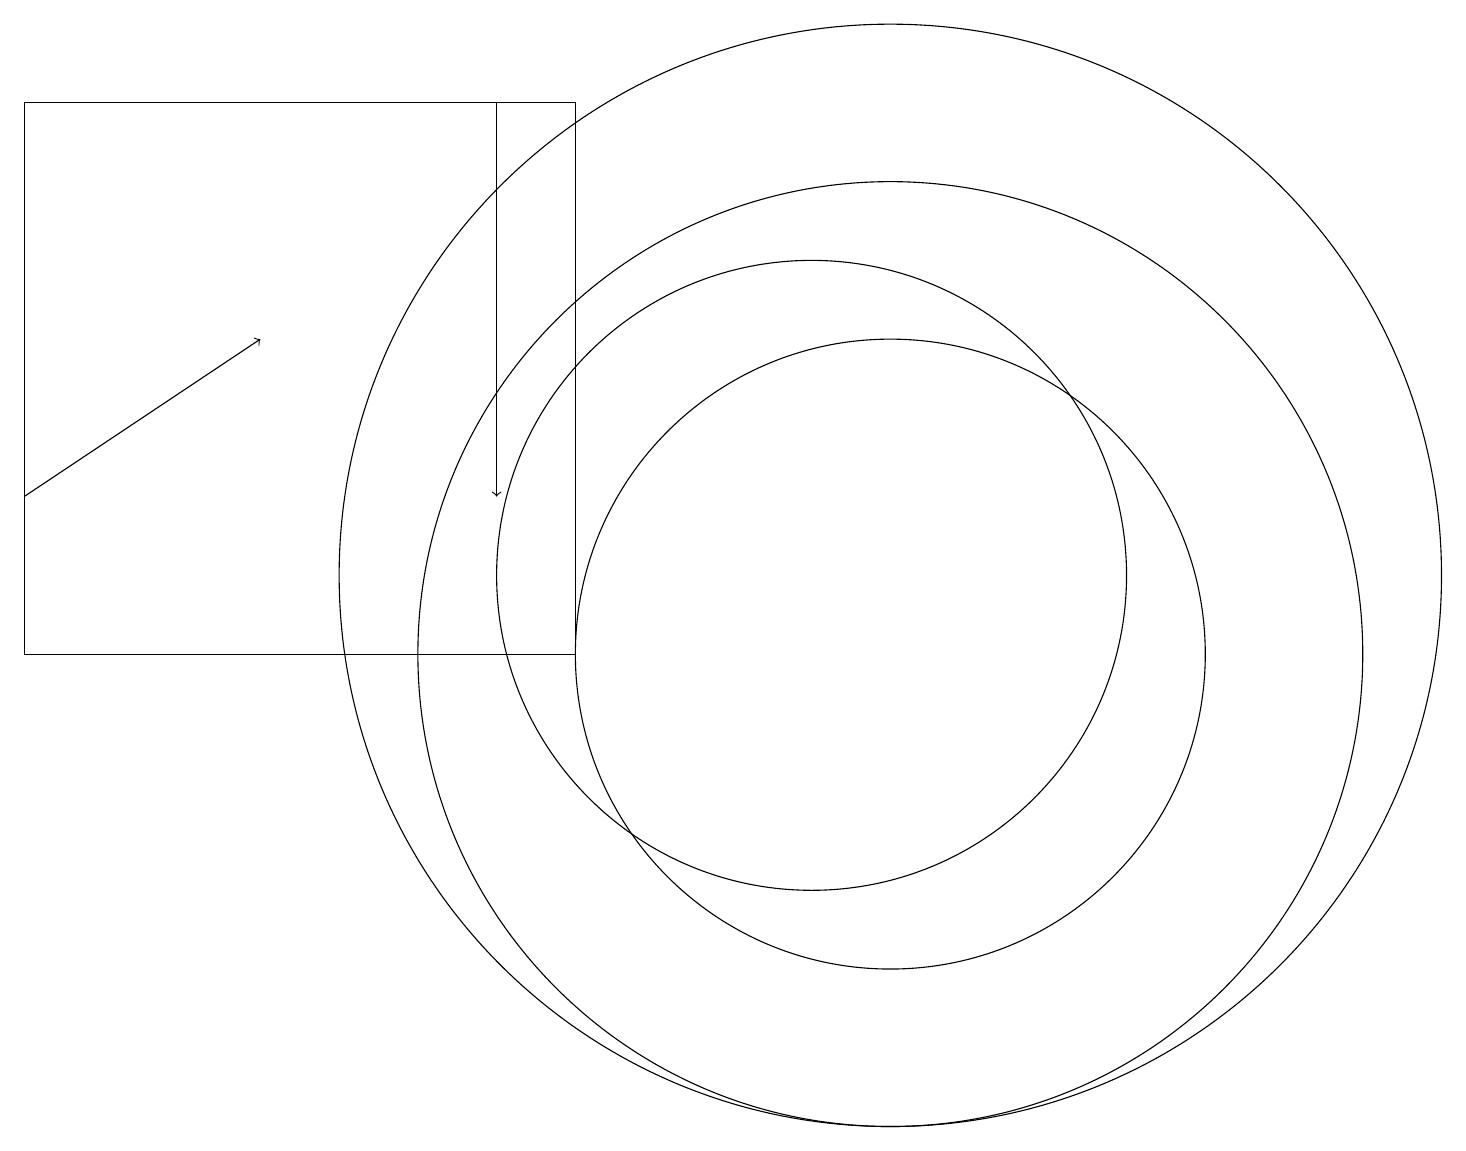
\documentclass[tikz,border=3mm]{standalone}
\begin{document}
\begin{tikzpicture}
\draw[->] (0,12) -- (3,14);
\draw (10,11) circle (4);
\draw[->] (6,17) -- (6,12);
\draw (11,10) circle (6);
\draw (11,11) circle (7);
\draw (0,10) rectangle (7,17);
\draw (11,10) circle (4);
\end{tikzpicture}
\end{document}